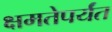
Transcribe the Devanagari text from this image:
क्षमतेपर्यंत